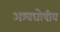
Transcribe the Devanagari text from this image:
अश्वघोषीय